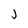
Character: j